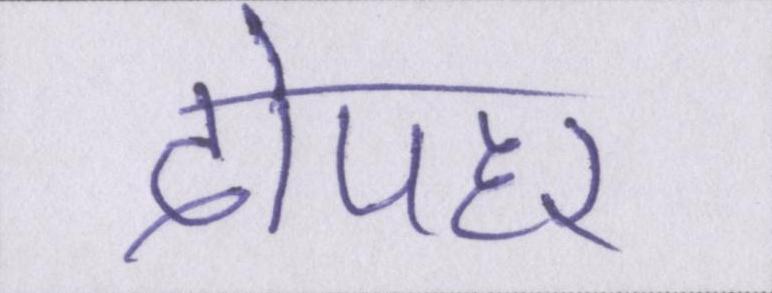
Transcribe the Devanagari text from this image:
दोपहर